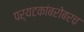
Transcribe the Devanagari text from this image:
पर्यटकांबरोबरच